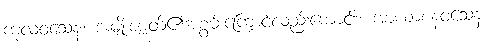
ကုလဝသေန၊ အမျိုးဇာတ်၏အစွမ်းကြောင့်လည်းကောင်း။ အာယာစနဝသေန၊